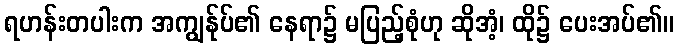
ရဟန်းတပါးက အကျွန်ုပ်၏ နေရာ၌ မပြည့်စုံဟု ဆိုအံ့၊ ထို၌ ပေးအပ်၏။